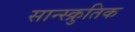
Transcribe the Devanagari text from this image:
सान्स्क्रुतिक